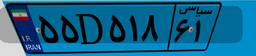
۶۷D۹۰۹۸۴